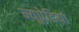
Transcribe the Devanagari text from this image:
न्यूपेडिया